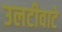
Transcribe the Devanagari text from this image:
उलटीवाटे